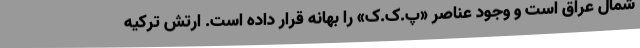
شمال عراق است و وجود عناصر «پ.ک.ک» را بهانه قرار داده است. ارتش ترکیه